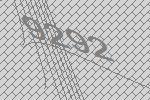
9292